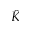
\hat { K }